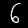
Digit: 6